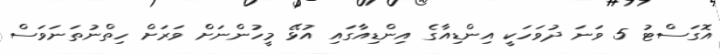
އޮގަސްޓު 5 ވަނަ ދުވަހަކީ އިންޑިއާގެ އިންޑިއާގައި އުޅޭ މީހުންނަށް ވަރަށް ހިތްނުތަނަވަސް